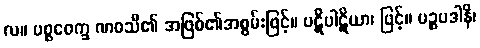
လ။ ပစ္စဝေက္ခ ဏဝသီ၏ အဖြစ်၏အစွမ်းဖြင့်။ ပဋိပါဋိယာ၊ ဖြင့်။ ပဉ္စပဒါနိ၊